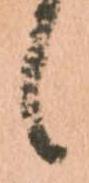
候